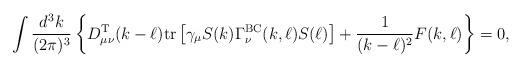
LaTeX: \begin{align*}\int \frac{d^3k}{(2 \pi)^3} \left\{D_{\mu \nu}^{\rm T}(k - \ell) {\rm tr}\left[\gamma_\mu S(k) \Gamma_\nu^{\rm BC}(k,\ell) S(\ell)\right] + \frac{1}{(k - \ell)^2} F(k,\ell) \right\}= 0, \end{align*}